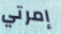
إمرتي